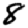
Digit: 8